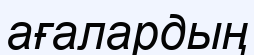
ағалардың